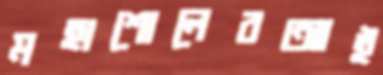
মহাশোলেরআই